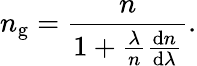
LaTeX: n_{\mathrm{g}}={\frac{n}{1+{\frac{\lambda}{n}}{\frac{\mathrm{d}n}{\mathrm{d}\lambda}}}}.